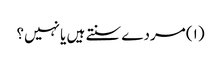
(۱) مردے سنتے ہیں یا نہیں؟